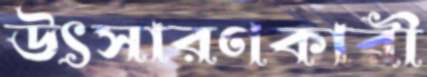
উৎসারণকারী